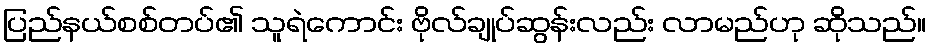
ပြည်နယ်စစ်တပ်၏ သူရဲကောင်း ဗိုလ်ချုပ်ဆွန်းလည်း လာမည်ဟု ဆိုသည်။